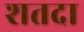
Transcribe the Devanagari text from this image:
शतदा